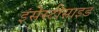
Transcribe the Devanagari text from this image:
इंसेस्टीसाइड